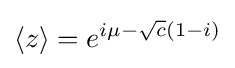
\langle z\rangle =e^{i\mu -{\sqrt {c}}(1-i)}